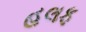
હલફ